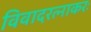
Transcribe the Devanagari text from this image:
विवादरत्नाकरः